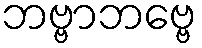
ဘဗ္ဗာဘဗ္ဗေ